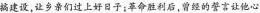
搞建设，让乡亲们过上好日子；革命胜利后，曾经的警言让他心